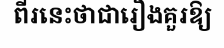
ពីរនេះថាជារឿងគួរឱ្យ